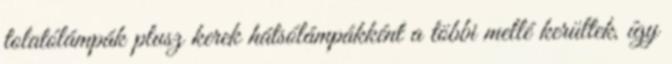
tolatólámpák plusz kerek hátsólámpákként a többi mellé kerültek, így